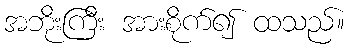
အဘိုးကြီး အားစိုက်၍ ထသည်။